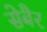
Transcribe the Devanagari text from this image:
सेबैर